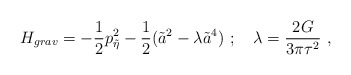
\begin{align*}H_{grav} = - {1\over2}p_{\tilde\eta}^2 -{1\over2}( \tilde a^2 -\lambda \tilde a^4) \ ;\quad \lambda = {2G\over 3\pi\tau^2}\ ,\end{align*}